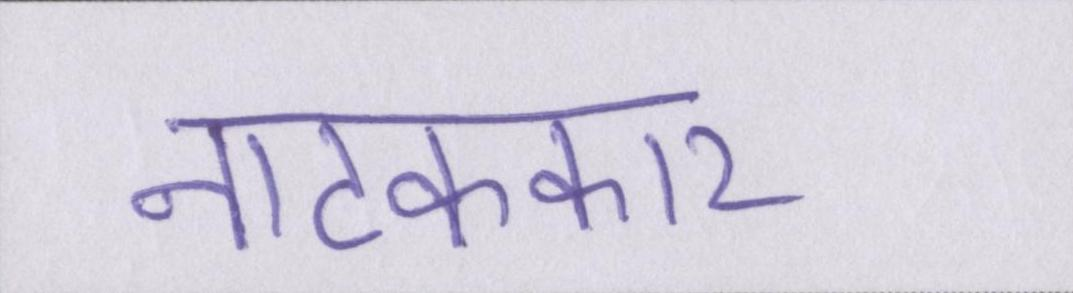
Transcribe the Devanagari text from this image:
नाटककार